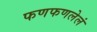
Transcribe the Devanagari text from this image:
फणफणलेलं